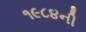
૧૯૮૪ની